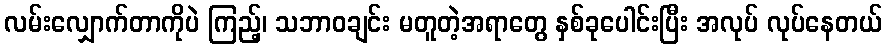
လမ်းလျှောက်တာကိုပဲ ကြည့်၊ သဘာဝချင်း မတူတဲ့အရာတွေ နှစ်ခုပေါင်းပြီး အလုပ် လုပ်နေတယ်